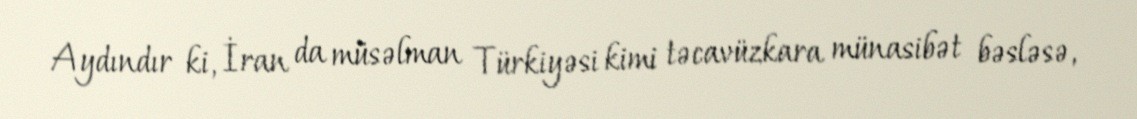
Aydındır ki, İran da müsəlman Türkiyəsi kimi təcavüzkara münasibət bəsləsə,